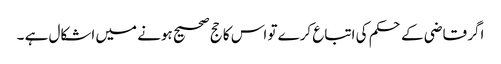
اگر قاضی کے حکم کی اتباع کرے تو اس کا حج صحیح ہونے میں اشکال ہے ۔